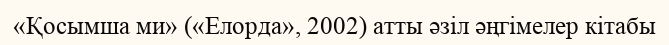
«Қосымша ми» («Елорда», 2002) атты әзіл әңгімелер кітабы